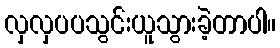
လှလှပပသွင်းယူသွားခဲ့တာပါ။